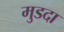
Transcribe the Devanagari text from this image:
मुडदा